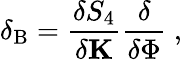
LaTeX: \delta_{\mathrm{B}}=\frac{\delta S_{4}}{\delta{\mathbf K}}\frac{\delta}{\delta\Phi}\ ,